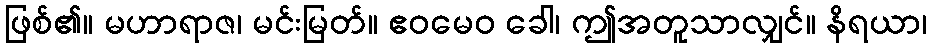
ဖြစ်၏။ မဟာရာဇ၊ မင်းမြတ်။ ဧဝမေဝ ခေါ၊ ဤအတူသာလျှင်။ နိရယာ၊